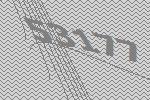
53177